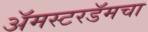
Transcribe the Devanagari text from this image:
अॅमस्टरडॅमचा